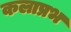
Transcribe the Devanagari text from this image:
कलाप्रभ